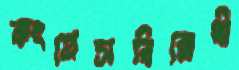
কংগ্রেসবিরোধী